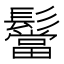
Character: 𮫒